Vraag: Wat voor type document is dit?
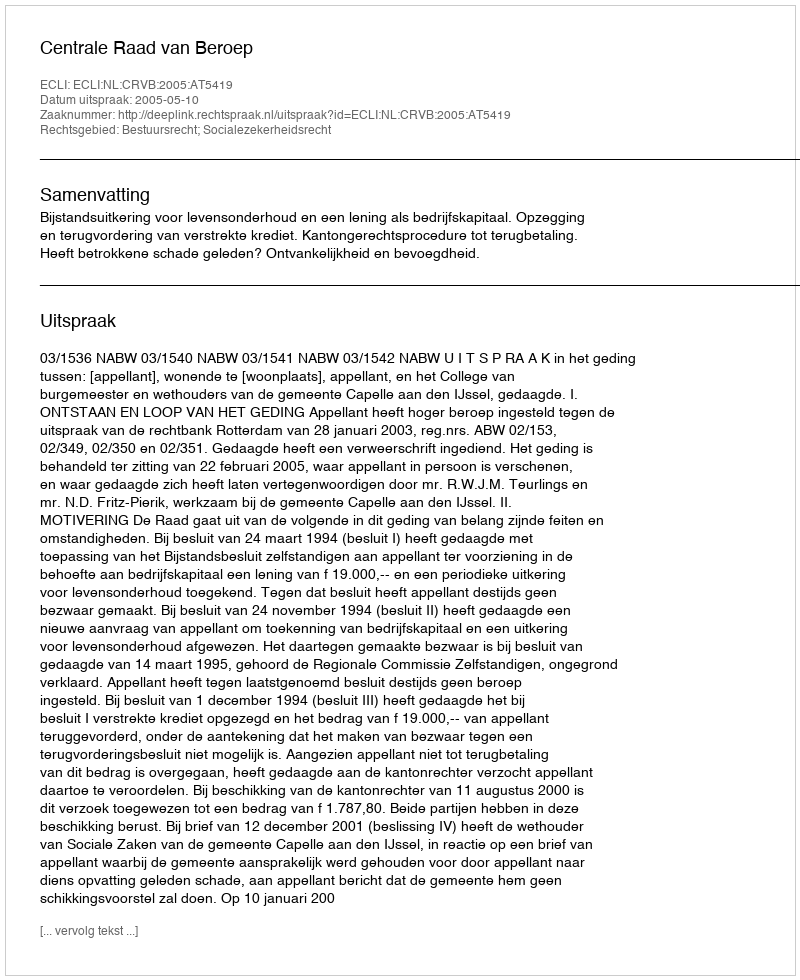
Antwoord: Uitspraak